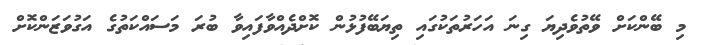
މި ބޭންކަށް ވޭތުވެދިޔަ ގިނަ އަހަރުތަކުގައި ތިޔަބޭފުޅުން ކޮށްދެއްވާފައިވާ ބުރަ މަސައްކަތުގެ އަގުވަޒަންކޮށް